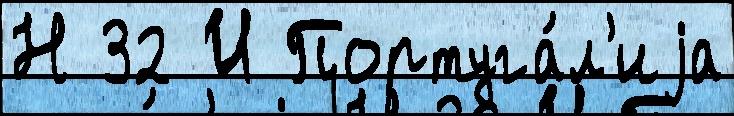
Н 32 И Португа́л'иjа